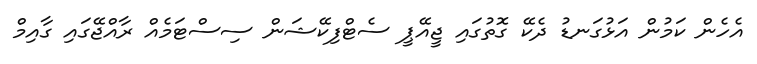
އެހެން ކަމުން އަޅުގަނޑު ދެކޭ ގޮތުގައި ޖީއޭޕީ ސެޓްފިކޭޝަން ސިސްޓަމެއް ރާއްޖޭގައި ގާއިމް